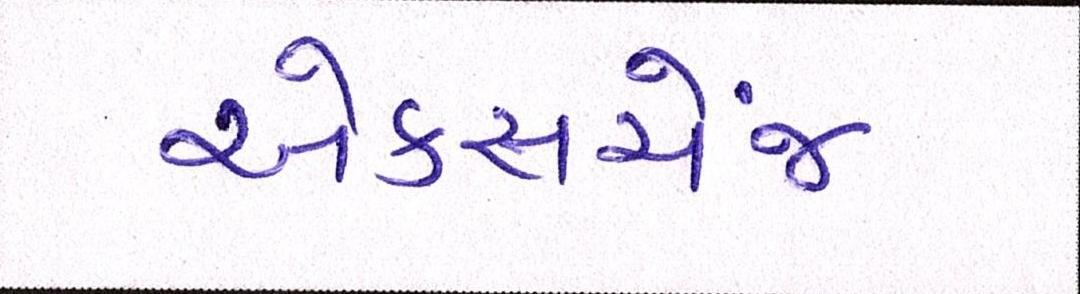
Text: એક્સચેંજ